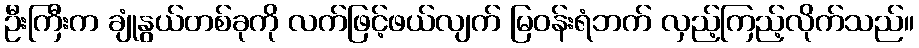
ဦးကြီးက ချုံနွယ်တစ်ခုကို လက်ဖြင့်ဖယ်လျက် မြဝန်းရံဘက် လှည့်ကြည့်လိုက်သည်။